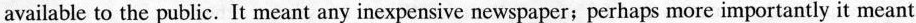
available to the public.It meant any inexpensive newspaper;perhaps more importantly it meant